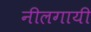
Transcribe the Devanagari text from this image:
नीलगायी